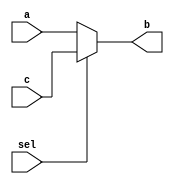
module mux2(input a, input c, input sel, output reg b);
  always @(sel,a,c)
      if (sel == 0)
         b = a;
      else
          b = c;
endmodule